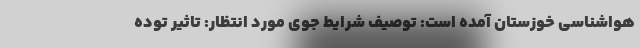
هواشناسی خوزستان آمده است: توصیف شرایط جوی مورد انتظار: تاثیر توده